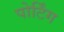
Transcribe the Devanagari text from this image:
पोर्टिंग